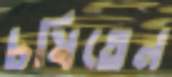
চষিতেন